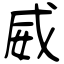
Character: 威